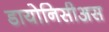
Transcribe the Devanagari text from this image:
डायोनिसीअस